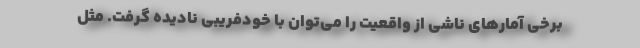
برخی آمارهای ناشی از واقعیت را می‌توان با خودفریبی نادیده گرفت. مثل